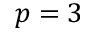
p = 3